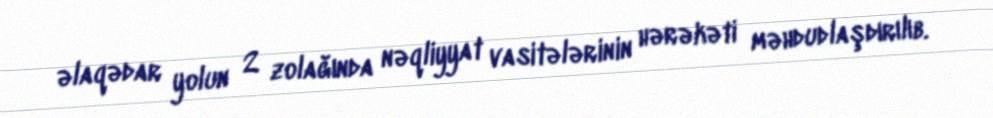
əlaqədar yolun 2 zolağında nəqliyyat vasitələrinin hərəkəti məhdudlaşdırılıb.